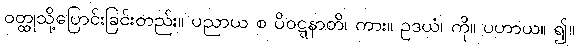
ဝတ္ထုသို့ပြောင်းခြင်းတည်း။ ပညာယ စ ပိဝဋ္ဋနာတိ၊ ကား။ ဥဒယံ၊ ကို။ ပဟာယ။ ၍။